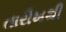
તારીખથી